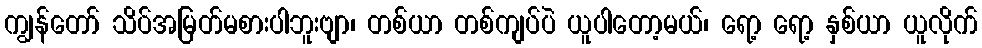
ကျွန်တော် သိပ်အမြတ်မစားပါဘူးဗျာ၊ တစ်ယာ တစ်ကျပ်ပဲ ယူပါတော့မယ်၊ ရော့ ရော့ နှစ်ယာ ယူလိုက်